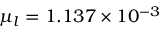
\mu _ { l } = 1 . 1 3 7 \times 1 0 ^ { - 3 }